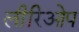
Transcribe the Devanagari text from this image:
लीरिओप